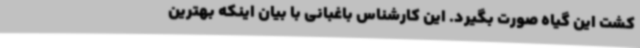
کشت این گیاه صورت بگیرد. این کارشناس باغبانی با بیان اینکه بهترین